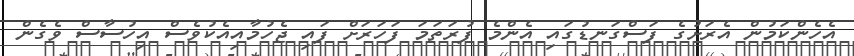
އެހެންކަމުން އެރަށުގެ ފަސްގަނޑުގައި އެންމެ ފުރަތަމަ ފަހަރަށް ފައި ޖެހުމާއިއެކުވެސް އިހުސާސް ވެގެން